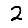
Digit: 2